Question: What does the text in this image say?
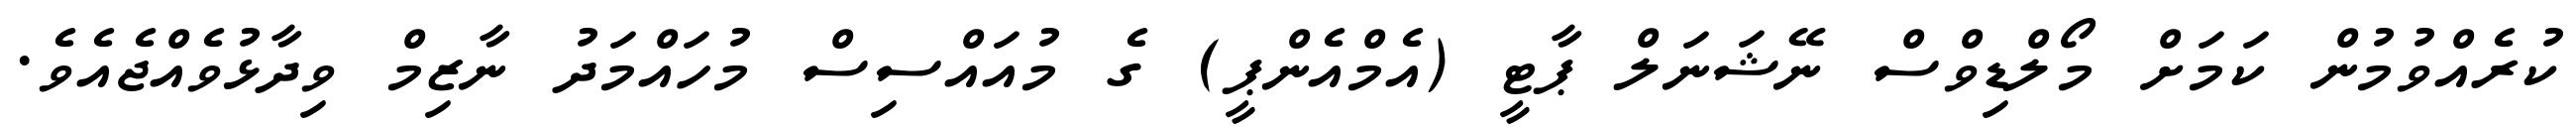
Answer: ކުރެއްވުމުން ކަމަށް މޯލްޑިވްސް ނޭޝަނަލް ޕާޓީ (އެމްއެންޕީ) ގެ މުއައްސިސް މުހައްމަދު ނާޒިމް ވިދާޅުވެއްޖެއެވެ.